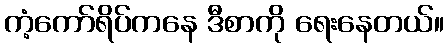
ကံ့ကော်ရိပ်ကနေ ဒီစာကို ရေးနေတယ်။